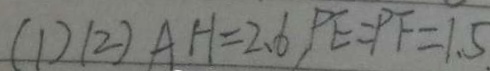
( 1 ) ( 2 ) A H = 2 . 6 , P E = P F = 1 . 5